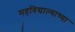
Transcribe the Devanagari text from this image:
महविद्याल्याच्या